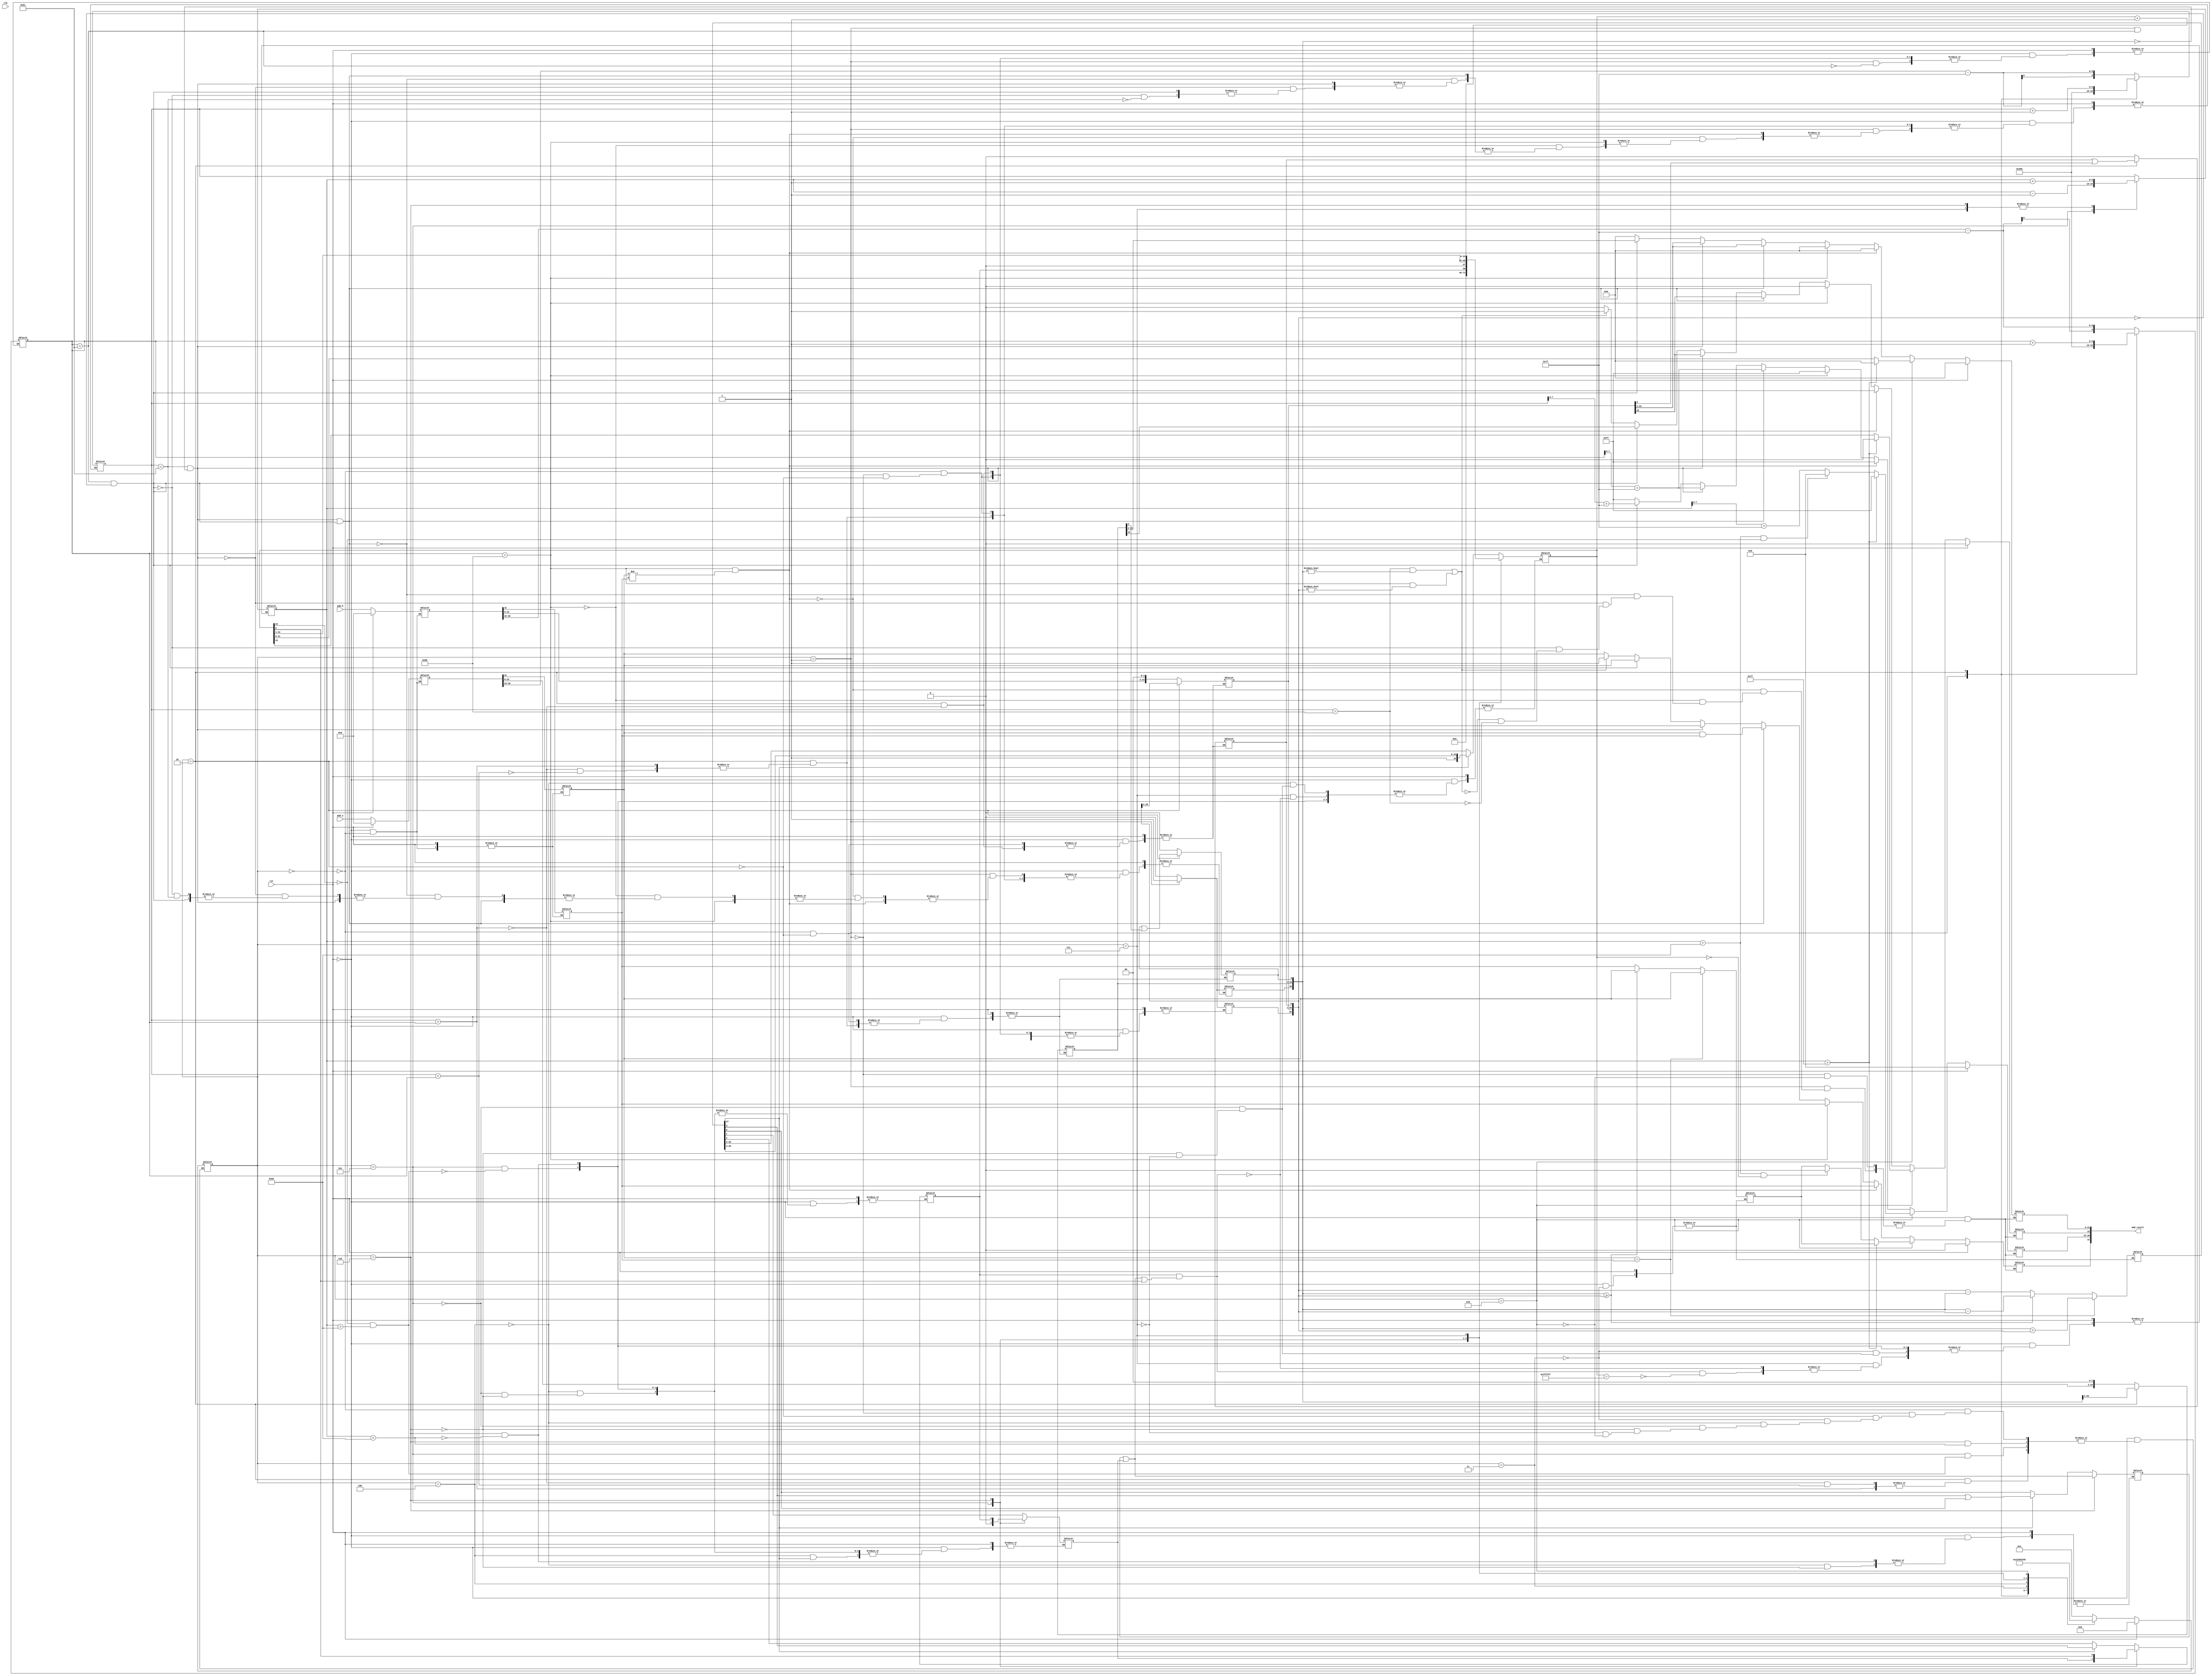
`timescale 1ns/1ns

module Adder_Subtractor_Module(clk, rst, add_a, add_b, add_result);

	input [31:0] add_a;
	input [31:0] add_b;
	output [31:0] add_result;
	
	input clk, rst;
	reg [3:0] state;
	
	parameter		unpack 			= 4'd0,
					special_case	= 4'd1,
					align			= 4'd2,
					add_0			= 4'd3,
					add_1			= 4'd4,
					normalize_1		= 4'd5,
					normalize_2		= 4'd6,
					round			= 4'd7,
					pack			= 4'd8;

				
	reg [31:0] a,b,z;
	reg [26:0] a_m,b_m;
	reg [23:0] z_m;
	reg [9:0] a_e, b_e, z_e;
	reg a_s, b_s, z_s;
	reg [27:0] sum;			
	reg guard, round_bit, sticky;

	initial state <= unpack;
	
	always@(add_a or add_b)
	begin
	
		if(rst)
		begin
			state <= unpack;
			z <= 32'b0;
			a <= 32'b0;
			b <= 32'b0;
		end
		
		else
		begin
			case(state)
				
				//Unpacking of inputs and separation of Sign, Exponent and Mantessa bits;
				unpack:
				begin

					a <= add_a;
					b <= add_b;

					a_m <= {a[22:0],3'b0};
					b_m <= {b[22:0],3'b0};
					a_e <= a[30:23] - 127;
					b_e <= b[30:23] - 127;
					a_s <= a[31];
					b_s <= b[31];
					state <= special_case;
				end
				
				//Special Cases such as Operation with NaN, inf and Zero;
				special_case:
				begin
					//If a is Nan or b is NaN return NaN;
					if((a_e == 128 && a_m!= 0) || (b_e == 128 && b_m!= 0))
					begin
						z[31] <= 1;
						z[30:23] <= 255;
						z[22] <= 1;
						z[21:0] <= 0;
						state <= pack;
					end	
					
					//If a is inf return inf;
					else if (a_e == 128)
					begin
						z[31] <= a_s;
						z[30:23] <= 255;
						z[22:0] <= 0;
					end
					
					//If a is inf and signs don't match return NaN;
					if ((b_e == 128) && (a_s != b_s)) 
					begin
						z[31] <= b_s;
						z[30:23] <= 255;
						z[22] <= 1;
						z[21:0] <= 0;
						state <= pack;
					end
					
					//If b is inf return inf;
					else if (b_e == 128) 
					begin
						z[31] <= b_s;
						z[30:23] <= 255;
						z[22:0] <= 0;
						state <= pack;
					end
					
					//If a is zero return b;
					else if ((($signed(a_e) == -127) && (a_m == 0)) && (($signed(b_e) == -127) && (b_m == 0))) 
					begin
						z[31] <= a_s & b_s;
						z[30:23] <= b_e[7:0] + 127;
						z[22:0] <= b_m[26:3];
						state <= pack;
					end
					
					//If a is zero return b;
					else if (($signed(a_e) == -127) && (a_m == 0))
					begin
						z[31] <= b_s;
						z[30:23] <= b_e[7:0] + 127;
						z[22:0] <= b_m[26:3];
						state <= pack;
					end
					
					//If b is zero return a;
					else if (($signed(b_e) == -127) && (b_m == 0))
					begin
						z[31] <= a_s;
						z[30:23] <= a_e[7:0] + 127;
						z[22:0] <= a_m[26:3];
						state <= pack;
					end
					
					//Denormalised Number;
					else 
					begin
						if ($signed(a_e) == -127)
							a_e <= -126;
							
						else
							a_m[26] <= 1;
					end
					
					//Denormalised Number;
					if ($signed(b_e) == -127)
						b_e <= -126;
					else 
						b_m[26] <= 1;
				
					state <= align;
				end
				
				//Alignment if Input if exponents of the inputs are diffrent;
				align:
				begin
					if($signed(a_e) > $signed(b_e))
					begin	
						b_e <= b_e + 1;
						b_m <= b_m >> 1;
						b_m[0] <= b_m[0] | b_m[1];
					end
					
					else if($signed(a_e) < $signed(b_e))
					begin	
						a_e <= a_e + 1;
						a_m <= a_m >> 1;
						a_m[0] <= a_m[0] | a_m[1];
					end
					
					else
						state <= add_0;
						
				end
				
				//Adding of Mantessa, where exponents are equal;
				add_0:
				begin
					z_e <= a_e;
					
					if(a_s == b_s)
					begin
						z_s <= a_s;
						sum <= a_m + b_m;
					end

					else 
					begin
						if(a_m >= b_m)
						begin
							sum <= a_m - b_m;
							z_s <= a_s;
						end

						else
						begin
							sum <= b_m - a_m;
							z_s <= b_s;
						end
					end

					state <= add_1;
				end

				add_1:
				begin
					
					if(sum[27])
					begin
						z_m <= sum[27:4];
						guard <= sum[3];
						sticky <= sum[3] | sum[0];
					end

					else
					begin
						z_m <= sum[27:3];
						guard <= sum[2];
						round_bit <= sum[1];
						sticky <= sum[0];
					end

					state <= normalize_1;
				end
				
				//Normalization of result to the form (-1)^Sign 1.Mantessa * 2^Exponent;
				normalize_1:
				begin

					if(z_m[23] == 0 && $signed(z_e) > -126) 
					begin
						z_e <= z_e - 1;
						z_m <= z_m << 1;
						z_m <= guard;
						guard <= round_bit;
						round_bit <= 0;
					end

					else
						state <= normalize_2;
					
				end

				normalize_2:
				begin
					if ($signed(z_e) < -126)
					begin
						z_e <= z_e + 1;
						z_m <= z_m >> 1;
						guard <= z_m[0];
						round_bit <= guard;
						sticky <= sticky | round_bit;	
					end

					else
						state <= round;

				end
				
				//Rounding of Z with gurad, round_bit and sticky;
				round:
				begin
					if (guard && (round_bit | sticky | z_m[0]))
					begin
						z_m <= z_m + 1;
						if(z_m == 24'hffffff)
							z_e <= z_e + 1;

					end
					state <= pack;

				end
				
				//Final packing of the register z if special cases or error accurs;
				pack:
				begin
					z[22:0] <= z_m[22:0];
					z[30:23] <= z_e[7:0] + 127;
					z[31] <= z_s;
					if ($signed(z_e) == -126 && z_m[23] == 0) 
						z[30:23] <= 0;
					if ($signed(z_e) == -126 && z_m[23:0] == 0)
						z[31] <= 1'b0;	//Fix sign bug: -a + a = +0;

					//If overflow occurs, return inf;
					if($signed(z_e) > 127)
					begin
						z[22:0] <= 0;
						z[30:23] <= 255;
						z[31] <= z_s;
					end	

					state <= unpack;
				end
				
		 	endcase
		end
	    
	end

	//Assigning Reg z to the output of the module	
	assign add_result[31:0] = z[31:0]; 

endmodule